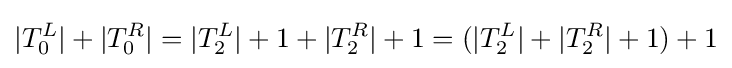
|T_{0}^{L}|+|T_{0}^{R}|=|T_{2}^{L}|+1+|T_{2}^{R}|+1=(|T_{2}^{L}|+|T_{2}^{R}|+1)+1